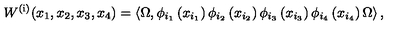
W ^ { \left( \mathrm { i } \right) } { \left( x _ { 1 } , x _ { 2 } , x _ { 3 } , x _ { 4 } \right) } = \left\langle \Omega , \phi _ { { i } _ { 1 } } \left( x _ { { i } _ { 1 } } \right) \phi _ { { i } _ { 2 } } \left( x _ { { i } _ { 2 } } \right) \phi _ { { i } _ { 3 } } \left( x _ { { i } _ { 3 } } \right) \phi _ { { i } _ { 4 } } \left( x _ { { i } _ { 4 } } \right) \Omega \right\rangle ,